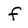
Character: f